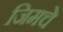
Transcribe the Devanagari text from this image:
जिमचे